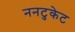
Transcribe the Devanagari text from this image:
ननटुकेट